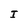
Character: I